Vaccination report Assam 1874-1896 - 1874-1896
Year: 1874
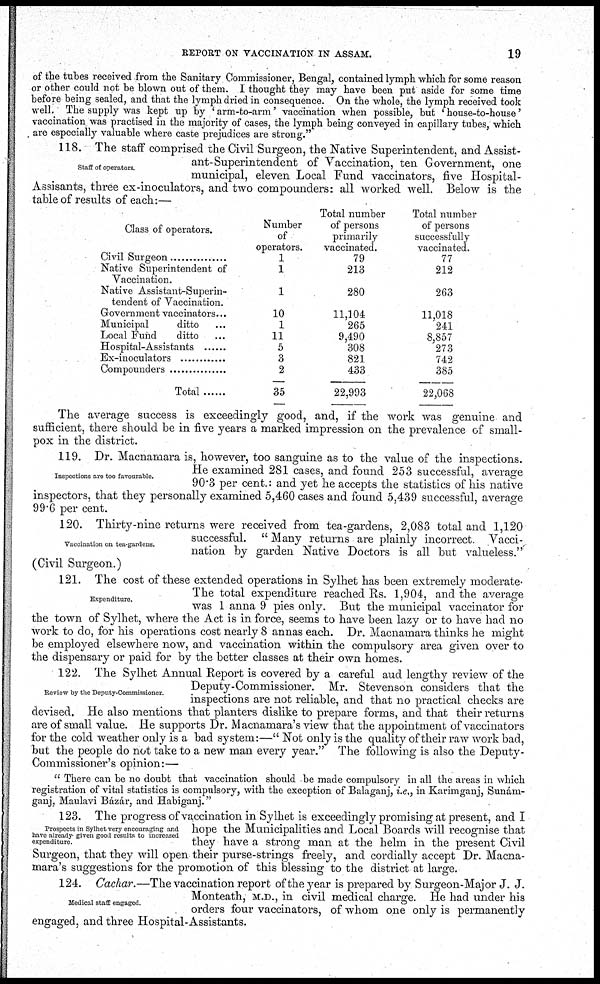
REPORT ON VACCINATION IN ASSAM.
19
of the tubes received from the Sanitary Commissioner, Bengal, contained lymph which for some reason
or other could not be blown out of them. I thought they may have been put aside for some time
before being sealed, and that the lymph dried in consequence. On the whole, the lymph received took
well. The supply was kept up by ' arm-to-arm' vaccination when possible, but ' house-to-house'
vaccination was practised in the majority of cases, the lymph being conveyed in capillary tubes, which
are especially valuable where caste prejudices are strong."
Staff of operators.
118. The staff comprised the Civil Surgeon, the Native Superintendent, and Assist-
ant-Superintendent of Vaccination, ten Government, one
municipal, eleven Local Fund vaccinators, five Hospital-
Assisants, three ex-inoculators, and two compounders: all worked well. Below is the
table of results of each:—
Class of operators.
Civil Surgeon ...........
Native Superintendent of
Vaccination.
Native Assistant-Superin-
tendent of Vaccination.
Government vaccinators...
Municipal
ditto ...
Local Fund
ditto ...
Hospital-Assistants ........
Ex-inoculators ...............
Compounders .................
Total
Number
of
operators.
1
1
1
10
1
11
5
3
2
35
Total number
of persons
primarily
vaccinated.
79
213
280
11,104
265
9,490
308
821
433
22,993
Total number
of persons
successfully
vaccinated.
77
212
263
11,018
241
8,857
273
742
385
22,068
The average success is exceedingly good, and, if the work was genuine and
sufficient, there should be in five years a marked impression on the prevalence of small-
pox in the district.
Inspections are too favourable.
119. Dr. Macnamara is, however, too sanguine as to the value of the inspections.
He examined 281 cases, and found 253 successful, average
90.3 per cent.: and yet he accepts the statistics of his native
inspectors, that they personally examined 5,460 cases and found 5,439 successful, average
99.6 per cent.
Vaccination on tea-gardens.
120. Thirty-nine returns were received from tea-gardens, 2,083 total and 1,120
successful. " Many returns are plainly incorrect. Vacci¬
nation by garden Native Doctors is all but valueless."
(Civil Surgeon.)
Expenditure.
121. The cost of these extended operations in Sylhet has been extremely moderate.
The total expenditure reached Rs. 1,904, and the average
was 1 anna 9 pies only. But the municipal vaccinator for
the town of Sylhet, where the Act is in force, seems to have been lazy or to have had no
work to do, for his operations cost nearly 8 annas each. Dr. Macnamara thinks he might
be employed elsewhere now, and vaccination within the compulsory area given over to
the dispensary or paid for by the better classes at their own homes.
Review by the Deputy-Commissioner.
122. The Sylhet Annual Report is covered by a careful and lengthy review of the
Deputy-Commissioner. Mr. Stevenson considers that the
inspections are not reliable, and that no practical checks are
devised. He also mentions that planters dislike to prepare forms, and that their returns
are of small value. He supports Dr. Macnamara's view that the appointment of vaccinators
for the cold weather only is a bad system:—" Not only is the quality of their raw work bad,
but the people do not take to a new man every year." The following is also the Deputy-
Commissioner's opinion:—
" There can be no doubt that vaccination should be made compulsory in all the areas in which
registration of vital statistics is compulsory, with the exception of Balaganj, i.e., in Karimganj, Sunám¬
ganj, Maulavi Bázár, and Habiganj."
Prospects in Sylhet very encouraging and
have already given good results to increased
expenditure.
123. The progress of vaccination in Sylhet is exceedingly promising at present, and I
hope the Municipalities and Local Boards will recognise that
they have a strong man at the helm in the present Civil
Surgeon, that they will open their purse-strings freely, and cordially accept Dr. Macna-
mara's suggestions for the promotion of this blessing to the district at large.
Medical staff engaged
124. Cachar.—The vaccination report of the year is prepared by Surgeon-Major J. J.
Monteath, M.D., in civil medical charge. He had under his
orders four vaccinators, of whom one only is permanently
engaged, and three Hospital-Assistants.